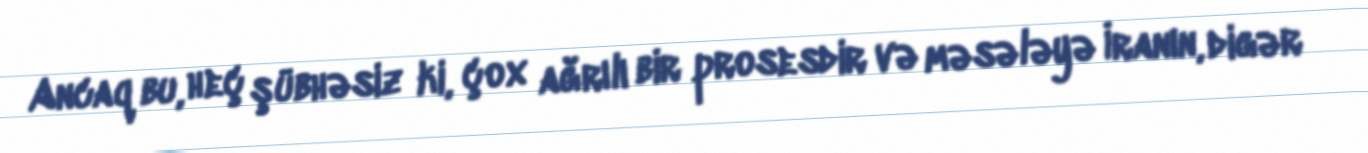
Ancaq bu, heç şübhəsiz ki, çox ağrılı bir prosesdir və məsələyə İranın, digər